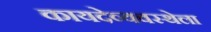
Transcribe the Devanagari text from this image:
कायदेव्यवस्थेला